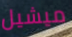
ميشيل